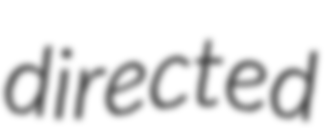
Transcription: directed